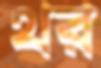
থর